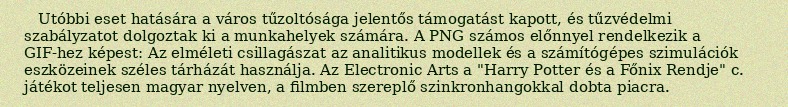
Utóbbi eset hatására a város tűzoltósága jelentős támogatást kapott, és tűzvédelmi szabályzatot dolgoztak ki a munkahelyek számára. A PNG számos előnnyel rendelkezik a GIF-hez képest: Az elméleti csillagászat az analitikus modellek és a számítógépes szimulációk eszközeinek széles tárházát használja. Az Electronic Arts a "Harry Potter és a Főnix Rendje" c. játékot teljesen magyar nyelven, a filmben szereplő szinkronhangokkal dobta piacra.